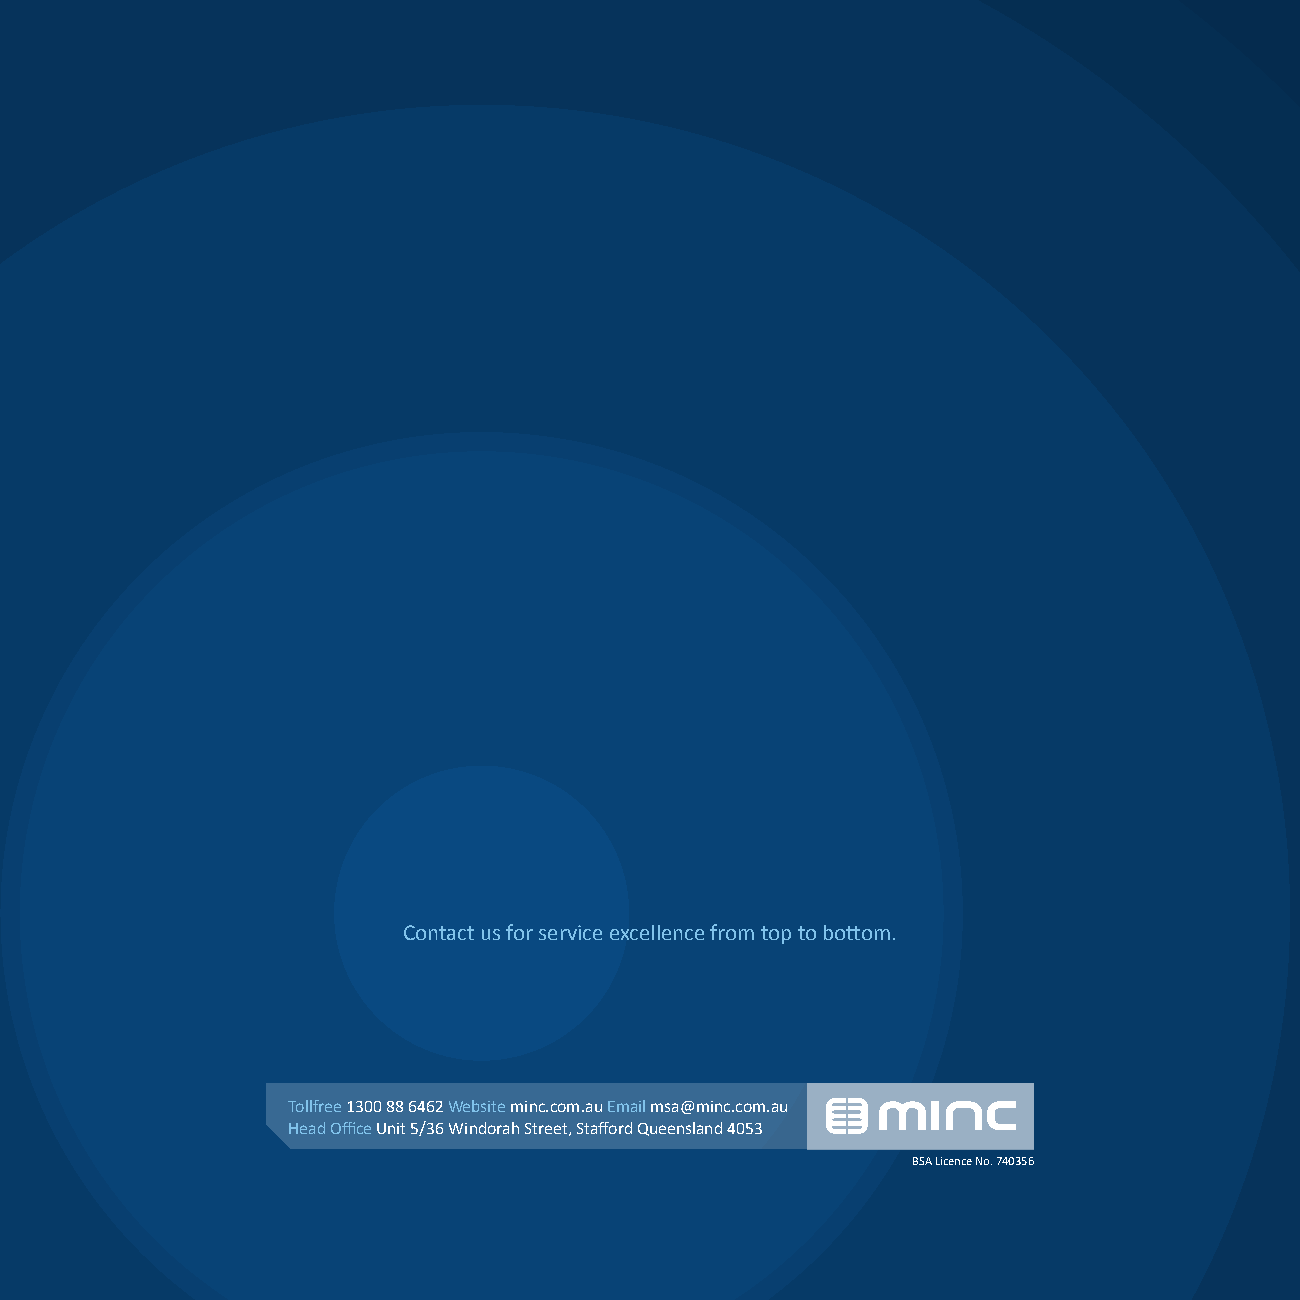
Contact us for service excellence from top to bottom.
 Tollfree 1300 88 6462 Website minc.com.au Email msa@minc.com.au
 Head Office Unit 5/36 Windorah Street, Stafford Queensland 4053
 BSA Licence No. 740356